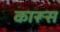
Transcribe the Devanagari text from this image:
कारूस